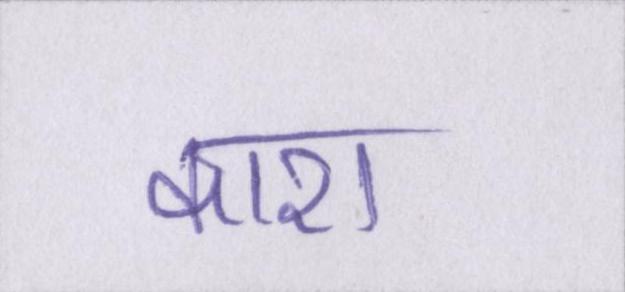
काश